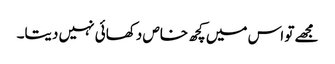
مجھے تو اس میں کچھ خاص دکھائی نہیں دیتا۔